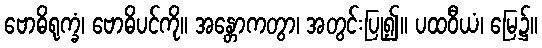
ဗောဓိရုက္ခံ၊ ဗောဓိပင်ကို။ အန္တောကတွာ၊ အတွင်းပြု၍။ ပထဝီယံ၊ မြေ၌။